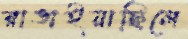
রাঙাইয়াছিলে